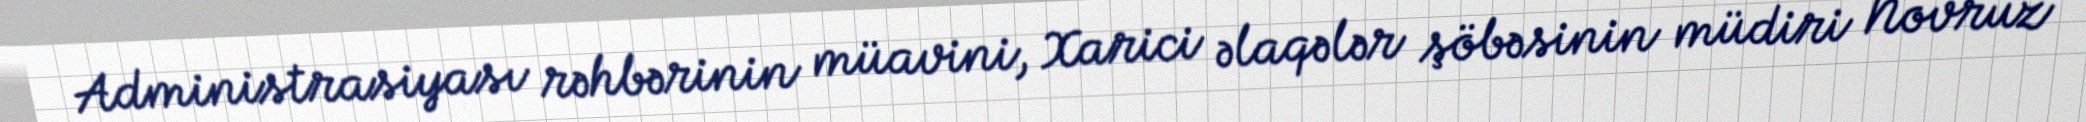
Administrasiyası rəhbərinin müavini, Xarici əlaqələr şöbəsinin müdiri Novruz